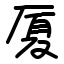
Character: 厦